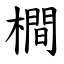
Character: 橺